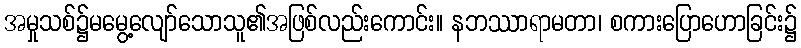
အမှုသစ်၌မမွေ့လျော်သောသူ၏အဖြစ်လည်းကောင်း။ နဘဿာရာမတာ၊ စကားပြောဟောခြင်း၌